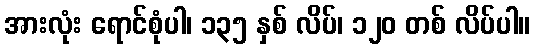
အားလုံး ရောင်စုံပါ၊ ၁၃၅ နှစ် လိပ်၊ ၁၂၀ တစ် လိပ်ပါ။